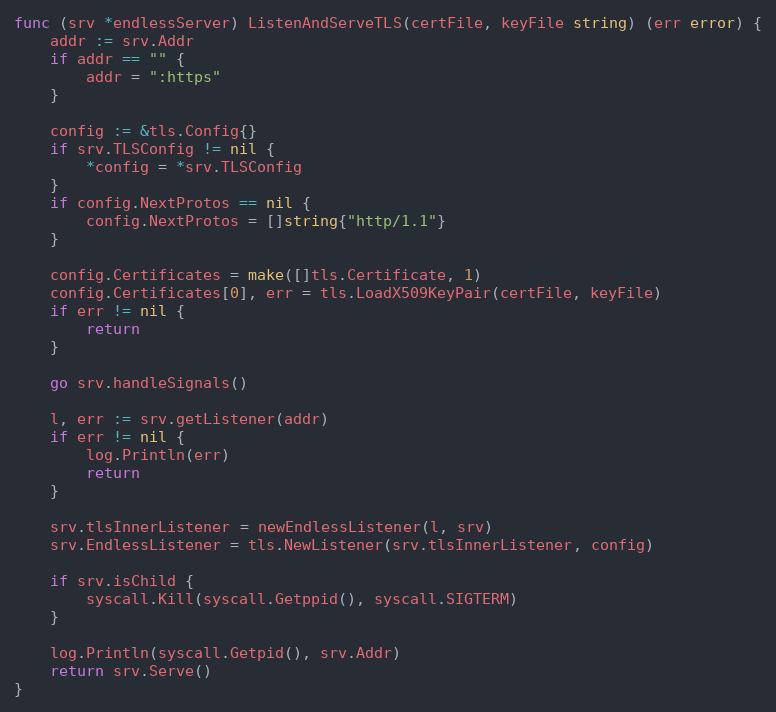
Language: Go
func (srv *endlessServer) ListenAndServeTLS(certFile, keyFile string) (err error) {
	addr := srv.Addr
	if addr == "" {
		addr = ":https"
	}

	config := &tls.Config{}
	if srv.TLSConfig != nil {
		*config = *srv.TLSConfig
	}
	if config.NextProtos == nil {
		config.NextProtos = []string{"http/1.1"}
	}

	config.Certificates = make([]tls.Certificate, 1)
	config.Certificates[0], err = tls.LoadX509KeyPair(certFile, keyFile)
	if err != nil {
		return
	}

	go srv.handleSignals()

	l, err := srv.getListener(addr)
	if err != nil {
		log.Println(err)
		return
	}

	srv.tlsInnerListener = newEndlessListener(l, srv)
	srv.EndlessListener = tls.NewListener(srv.tlsInnerListener, config)

	if srv.isChild {
		syscall.Kill(syscall.Getppid(), syscall.SIGTERM)
	}

	log.Println(syscall.Getpid(), srv.Addr)
	return srv.Serve()
}